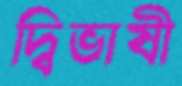
দ্বিভাষী